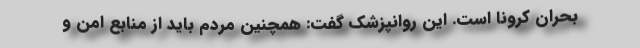
بحران کرونا است. این روانپزشک گفت: همچنین مردم باید از منابع امن و